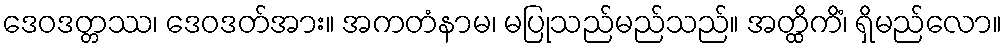
ဒေဝဒတ္တဿ၊ ဒေဝဒတ်အား။ အကတံနာမ၊ မပြုသည်မည်သည်။ အတ္ထိကိံ၊ ရှိမည်လော။